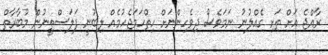
ރާއްޖެ އަށް ތަށި ގެއްލުނު ނަމަވެސް ދިވެހިންނަށް ހިތްހަމަޖެހުމެއް ލިބުނީ ފަލަސްތީނުން މުބާރާތް